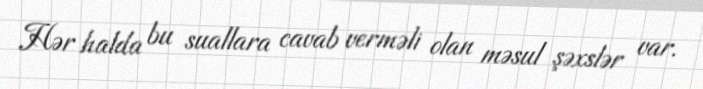
Hər halda bu suallara cavab verməli olan məsul şəxslər var.